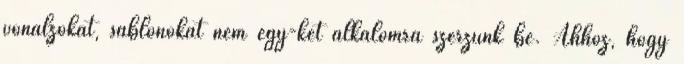
vonalzókat, sablonokat nem egy-két alkalomra szerzünk be. Ahhoz, hogy